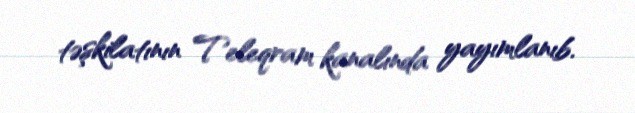
təşkilatının Teleqram kanalında yayımlanıb.